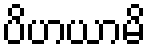
ပိဟယာမိ